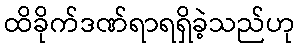
ထိခိုက်ဒဏ်ရာရရှိခဲ့သည်ဟု